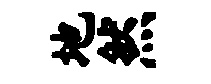
地然